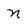
Character: n